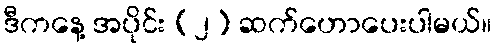
ဒီကနေ့ အပိုင်း (၂) ဆက်ဟောပေးပါမယ်။